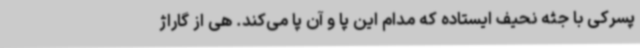
پسرکی با جثه نحیف ایستاده که مدام این پا و آن پا می‌کند. هی از گاراژ